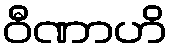
ဝီဏာဟိ